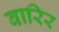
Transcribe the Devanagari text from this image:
बारिर